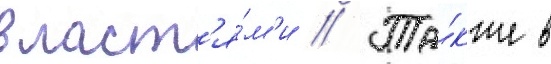
власт'я́м'и // Та́кже в